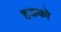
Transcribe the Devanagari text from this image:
हडको